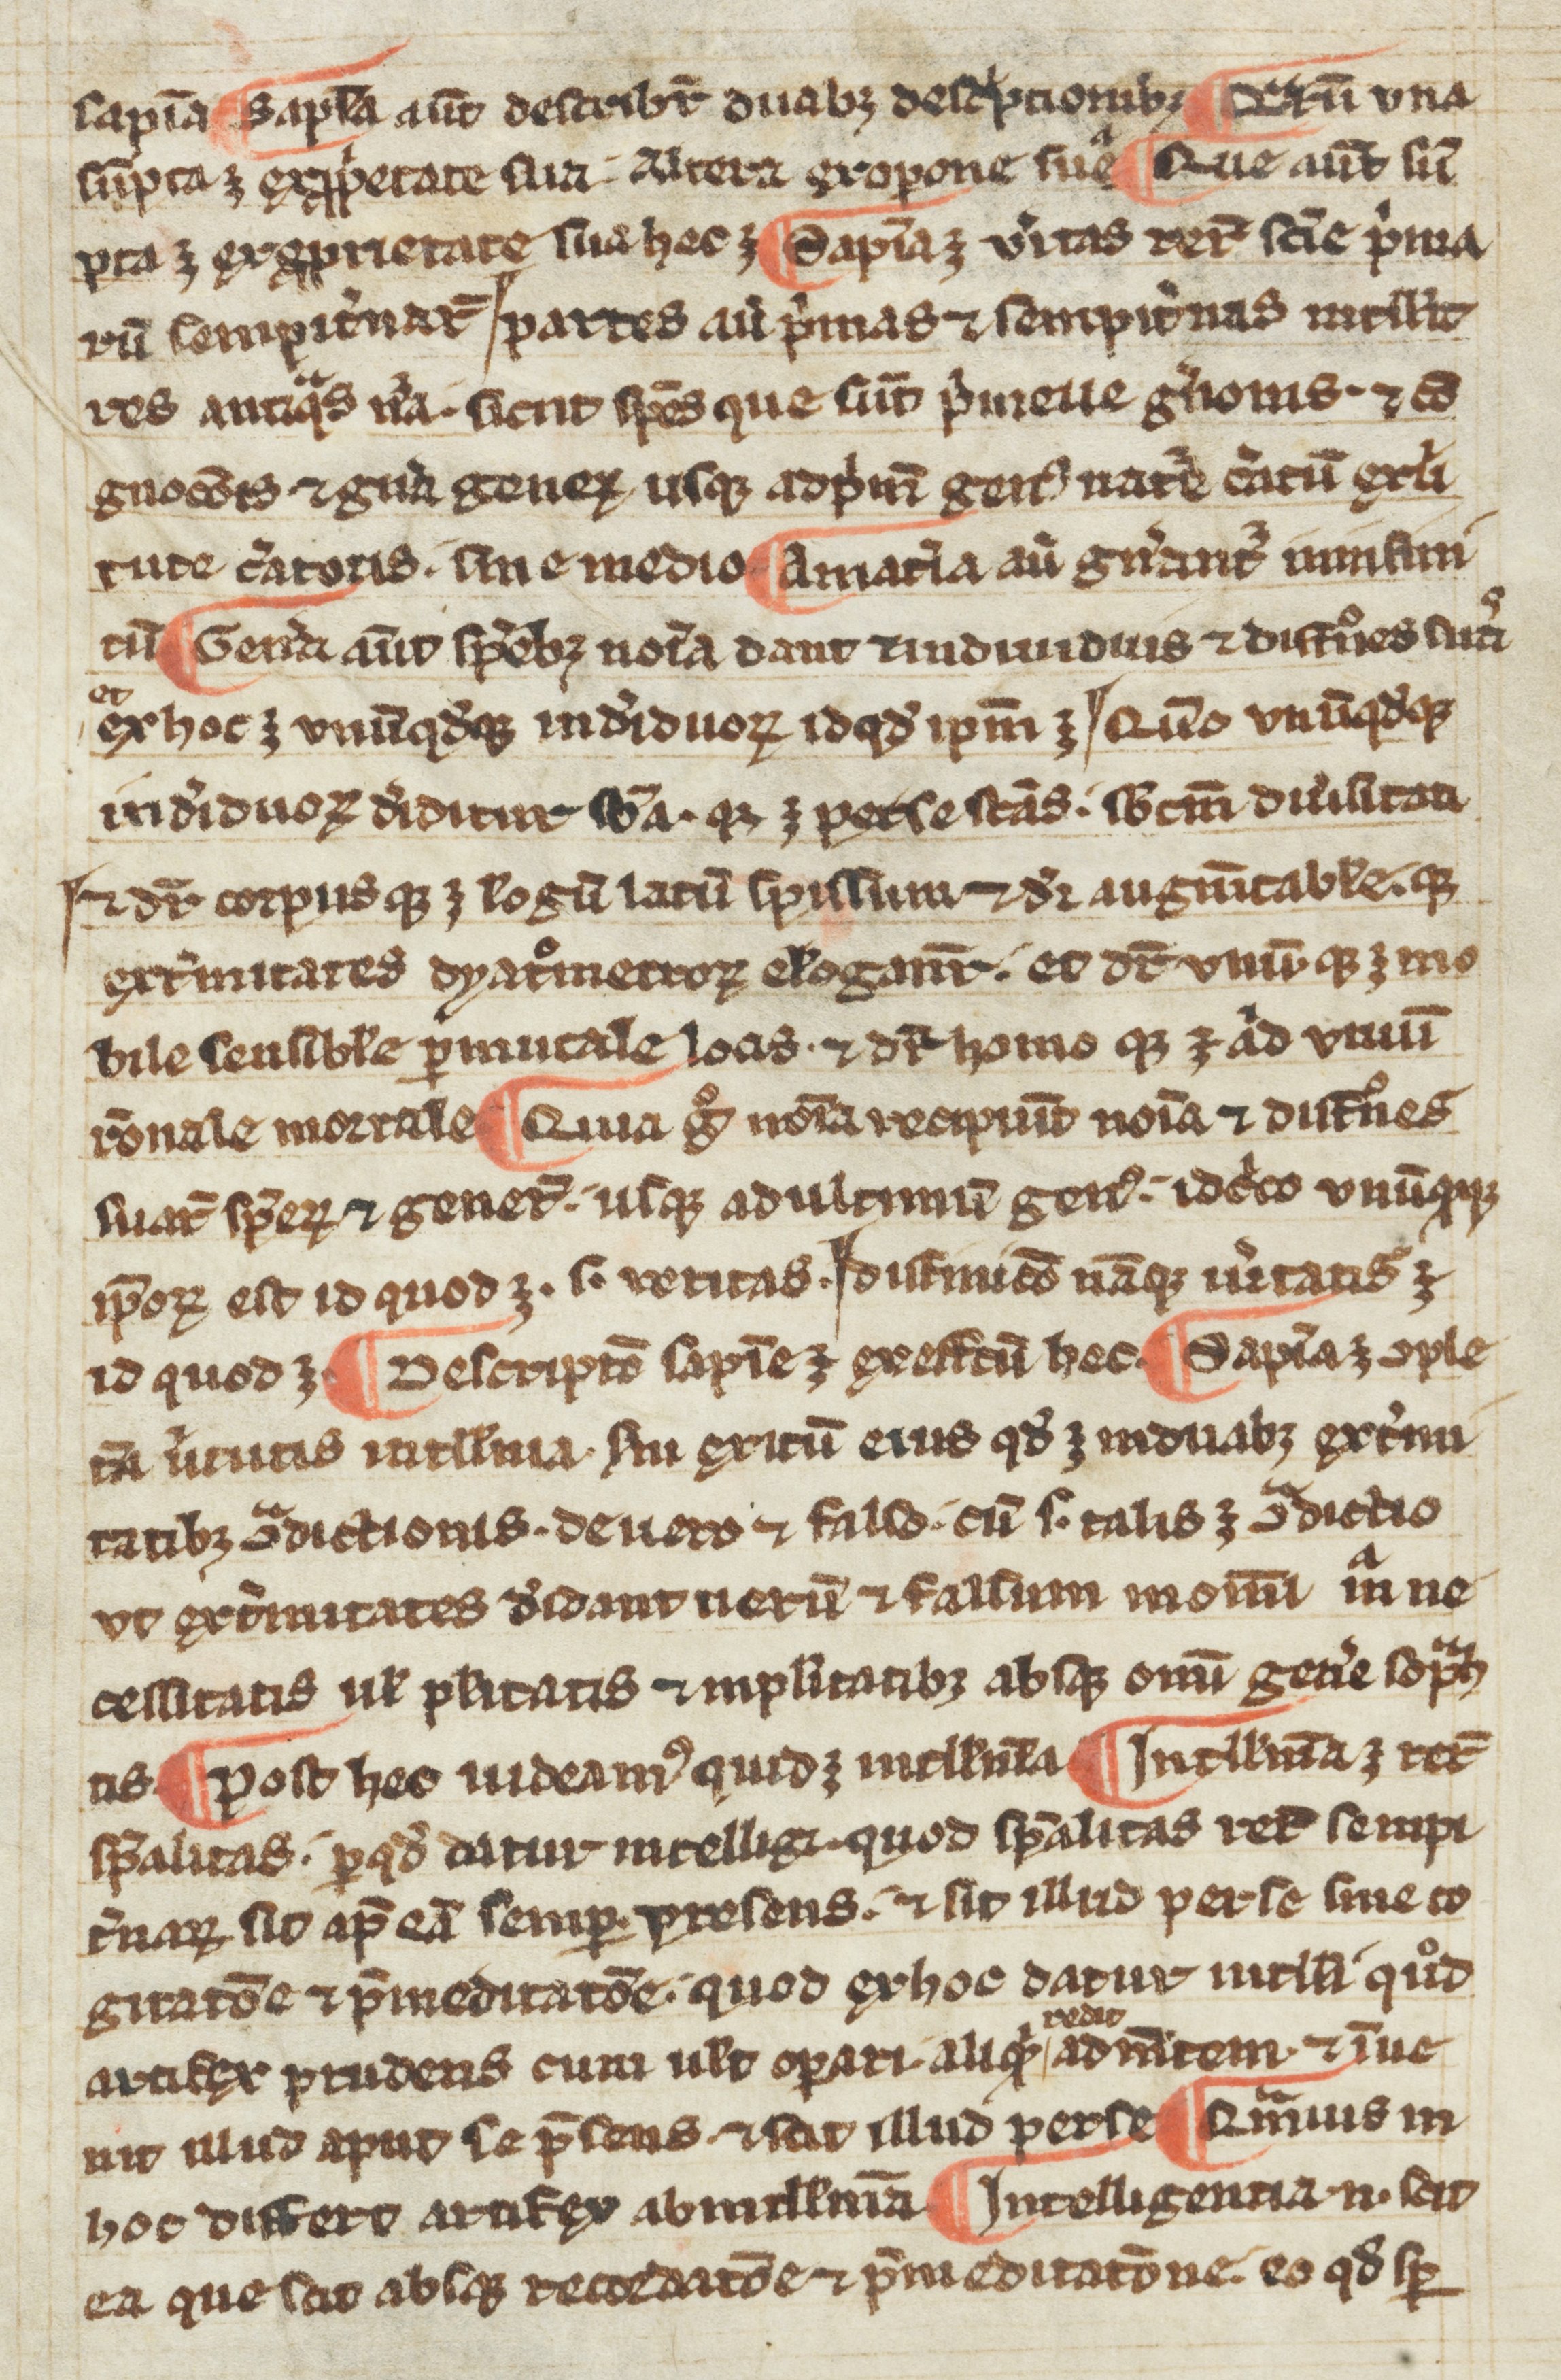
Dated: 1300–1399